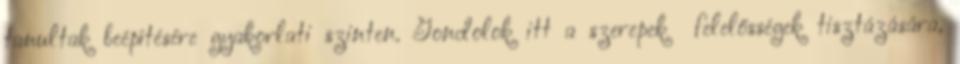
tanultak beépítésére gyakorlati szinten. Gondolok itt a szerepek felelősségek tisztázására,